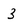
Character: 3